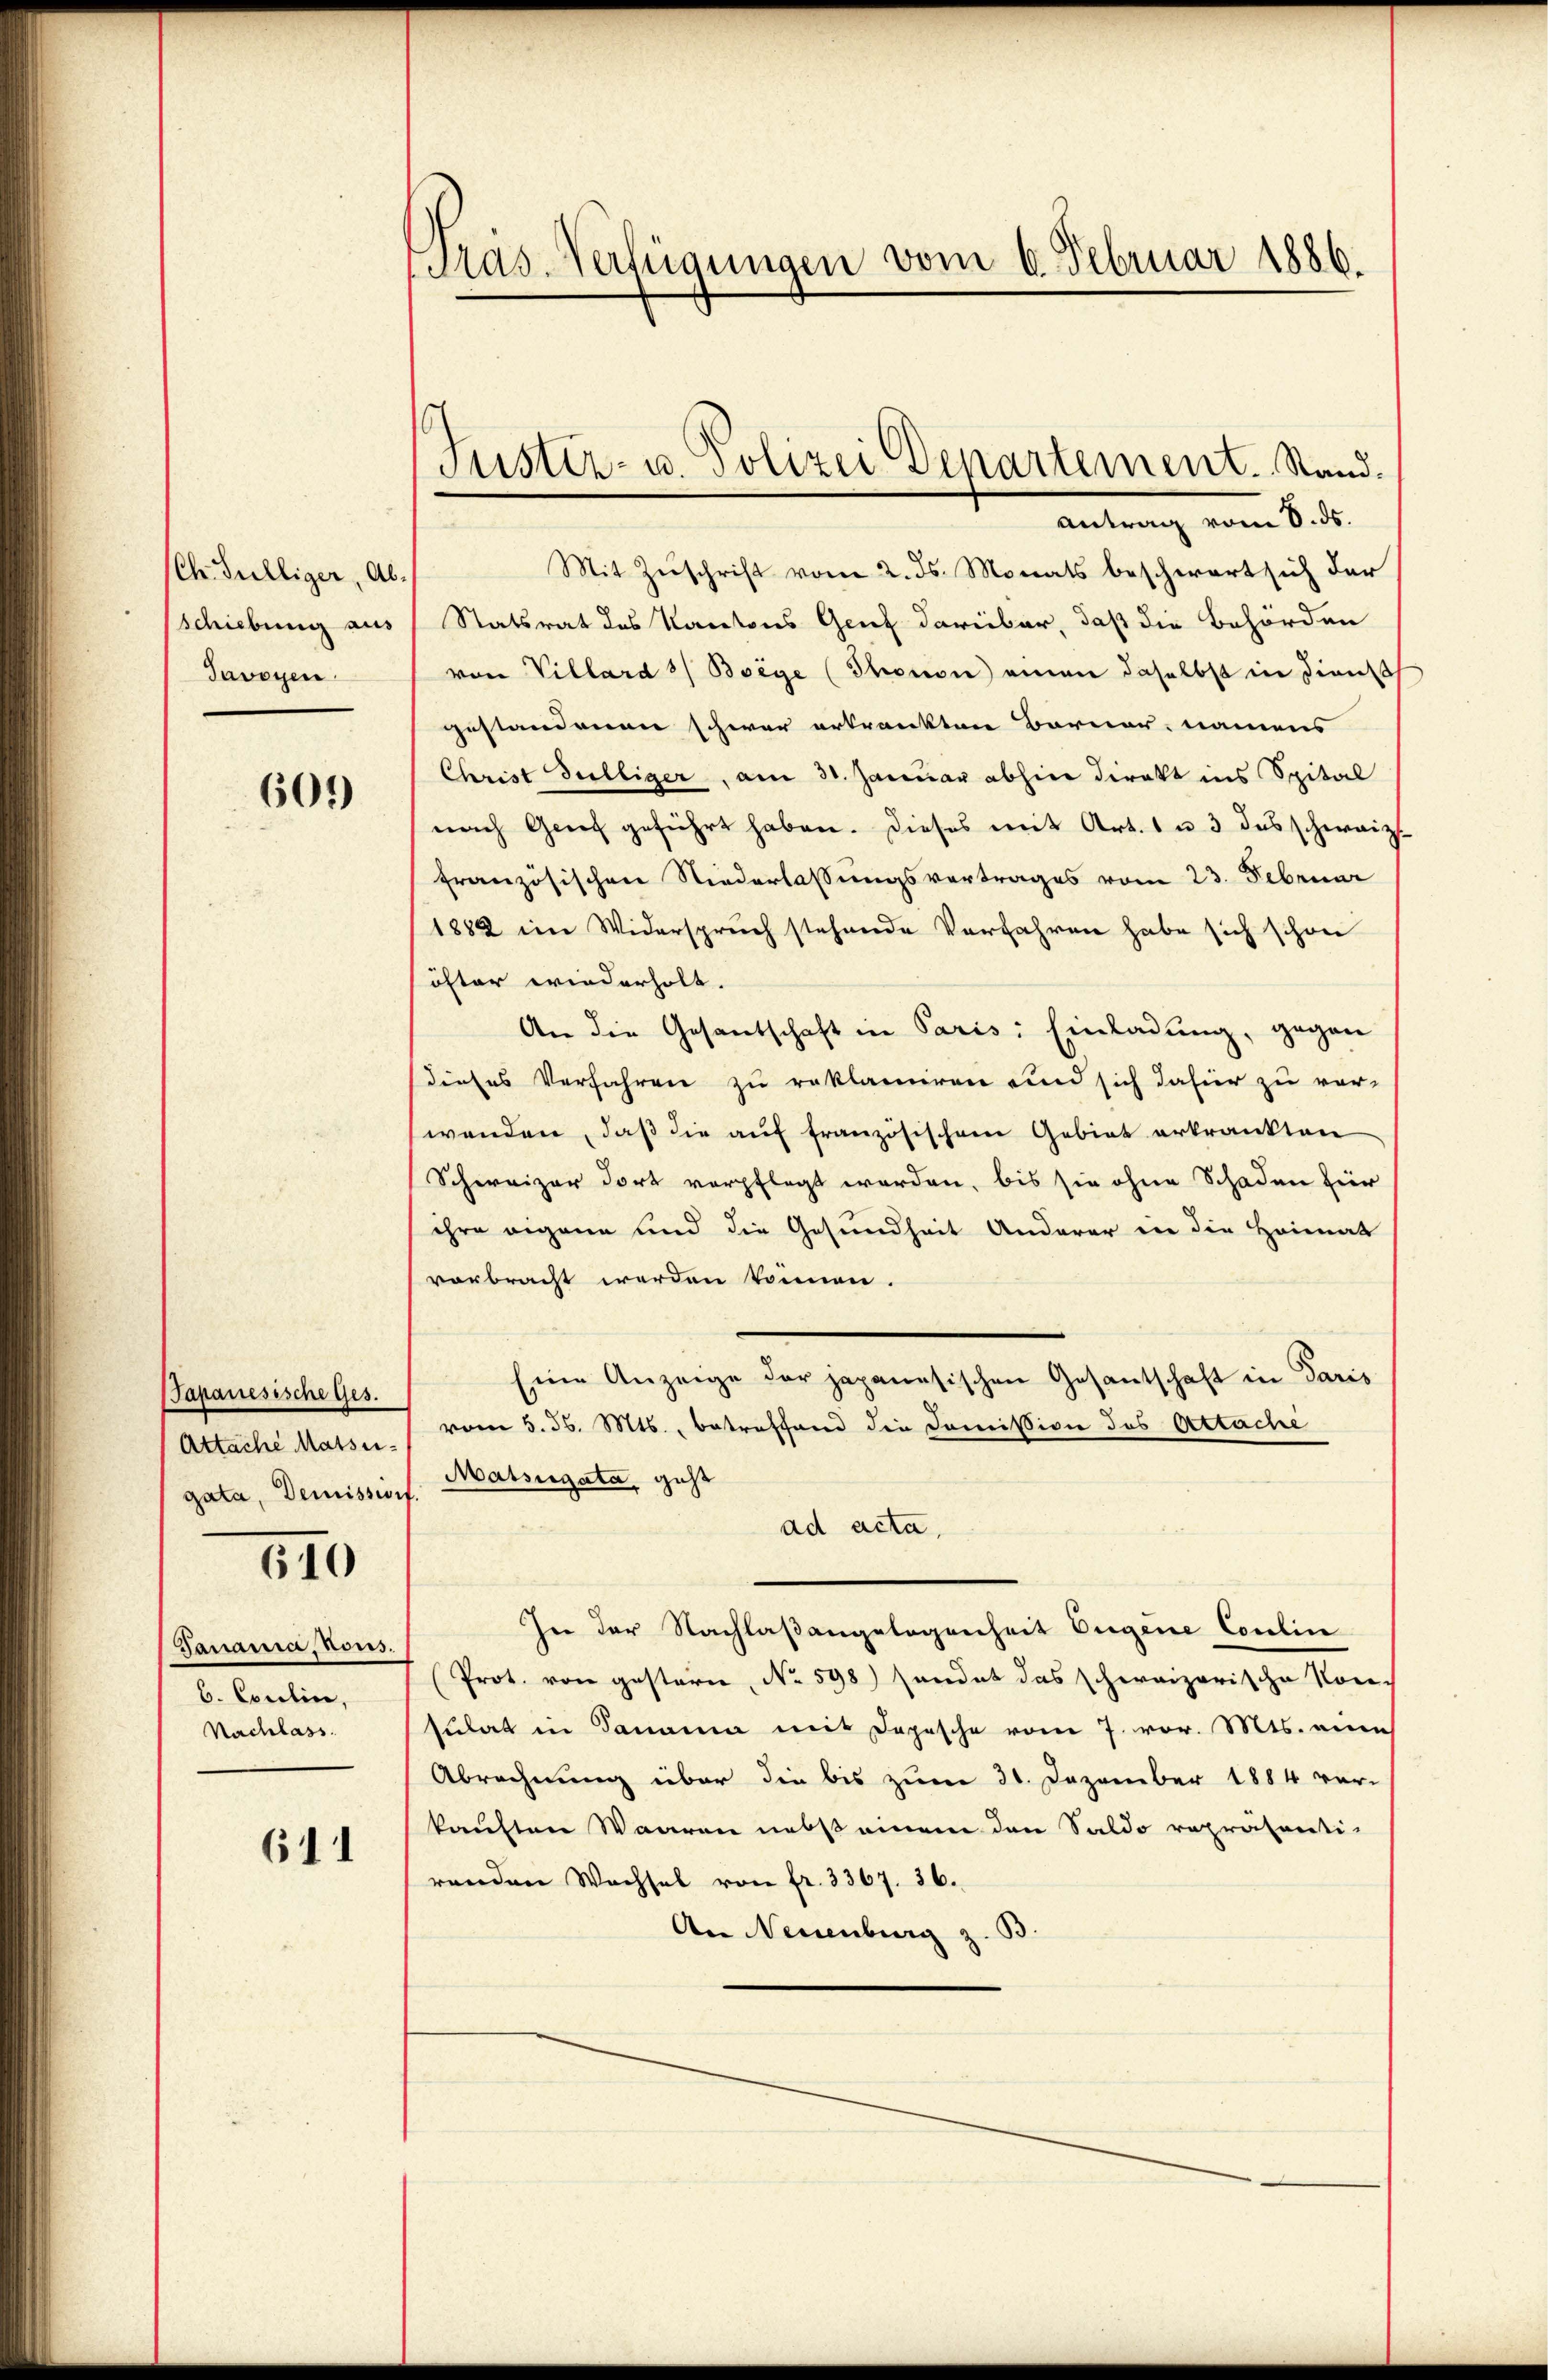
(Ch. Fulliger, Abschiebung aus
Javoyen.

601)

Papanesische Ges.
Attache Massigata, Demissionf.

510

Janania, Kons.
6. Coulin,
Nachlass.

611

Pras-Verfügungen vom 6. Februar 1886.

Antrag vom 8. ds.
Mit Zuschrift vom 2. ds. Monats beschwert sich der
Statsrat des Kantons Genf darüber, daß die Behörden
von Villard 3/ Boege (Thonon einen daselbst in dienst
gestandenen schwer ertränkten Barner, namens
Christ Gulliger, am 31. Januar abhier direkt ins Spital
nach Genf geführt haben. Dieses mit Art. 1 u. 3 des schweiz.
französischen Niederlassungsvertrages vom 23. Februar
1882 im Widerspruch stehende Verfahren habe sich schon
öfter wiederholt.
An die Gesantschaft in Paris: Einladung, gegen
dieses Verfahren zu reklamiren und sich dafür zu ver-
wenden, daß die auf französischem Gebiet erkrankten
Schweizer dort verpflegt werden, bis sie ohne Schaden für
ihre eigene und die Gesundheit Anderer ein die Heimats
vorbracht werden können.
Eine Anzeige der japanesischen Gesantschaft in Paris
vom 5. d. Mts., betreffend die Commission des Attache
Matsugata, geht
ad acta,
In der Nachlaßangelegenheit Eugene Coulin
Prot. von gestern, No 598) sendet das schweizerische Kon-
sulat in Danama mit Depesche vom 7. vor. Mts. eine
Abrechnung über die bis zum 31. Dezember 1884 ver-
kauften Waaren nebst einem den Saldo repräsenti-
renden Wachsel von fr. 3367. 36.
An Neuenburg z.

Justiz- u. Polizei Departement. Stand.